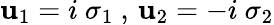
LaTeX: \mathbf{u}_{1}=i\ \sigma_{1}~,\, \mathbf{u}_{2}=-i\ \sigma_{2}